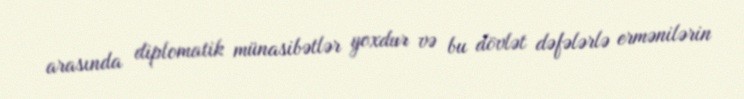
arasında diplomatik münasibətlər yoxdur və bu dövlət dəfələrlə ermənilərin